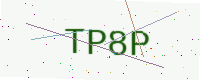
Text: TP8P